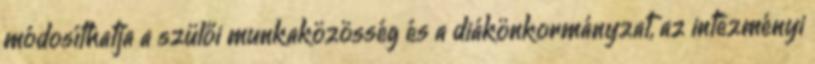
módosíthatja a szülői munkaközösség és a diákönkormányzat, az intézményi